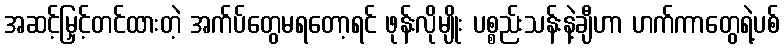
အဆင့်မြှင့်တင်ထားတဲ့ အက်ပ်တွေမရတော့ရင် ဖုန်းလိုမျိုး ပစ္စည်းသန်းနဲ့ချီဟာ ဟက်ကာတွေရဲ့ပစ်